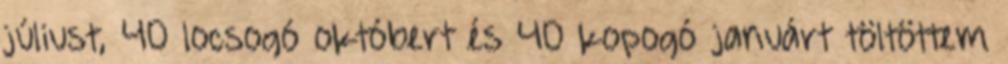
júliust, 40 locsogó októbert és 40 kopogó januárt töltöttem